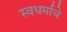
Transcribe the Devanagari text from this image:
स्वधर्माचे